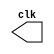
// ---------------------------
// Exemplo0041
// Nome: Ursula Rosa Monteiro de Castro

// --------------------------- 
// -- test clock generator (1) 
// --------------------------- 

module clock ( clk ); 
output clk; 
reg clk; 
initial begin 
clk = 1'b0; 
end 

always begin 
#12 clk = ~clk; 
end 

endmodule // clock ( ) 


module Exemplo0041; 
wire clk; 
clock CLK1 ( clk );
 
initial begin

$display("Exemplo0041 - Ursula Rosa - 427468");
$dumpfile ( "Exemplo0041.vcd" ); 
$monitor($time, clk);
$dumpvars(0); 
#120 $finish; 
end 
endmodule // Exemplo0041 ( )